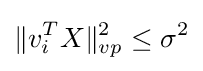
\|v_{i}^{T}X\|_{vp}^{2}\leq \sigma ^{2}